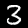
Digit: 3